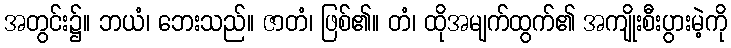
အတွင်း၌။ ဘယံ၊ ဘေးသည်။ ဇာတံ၊ ဖြစ်၏။ တံ၊ ထိုအမျက်ထွက်၏ အကျိုးစီးပွားမဲ့ကို